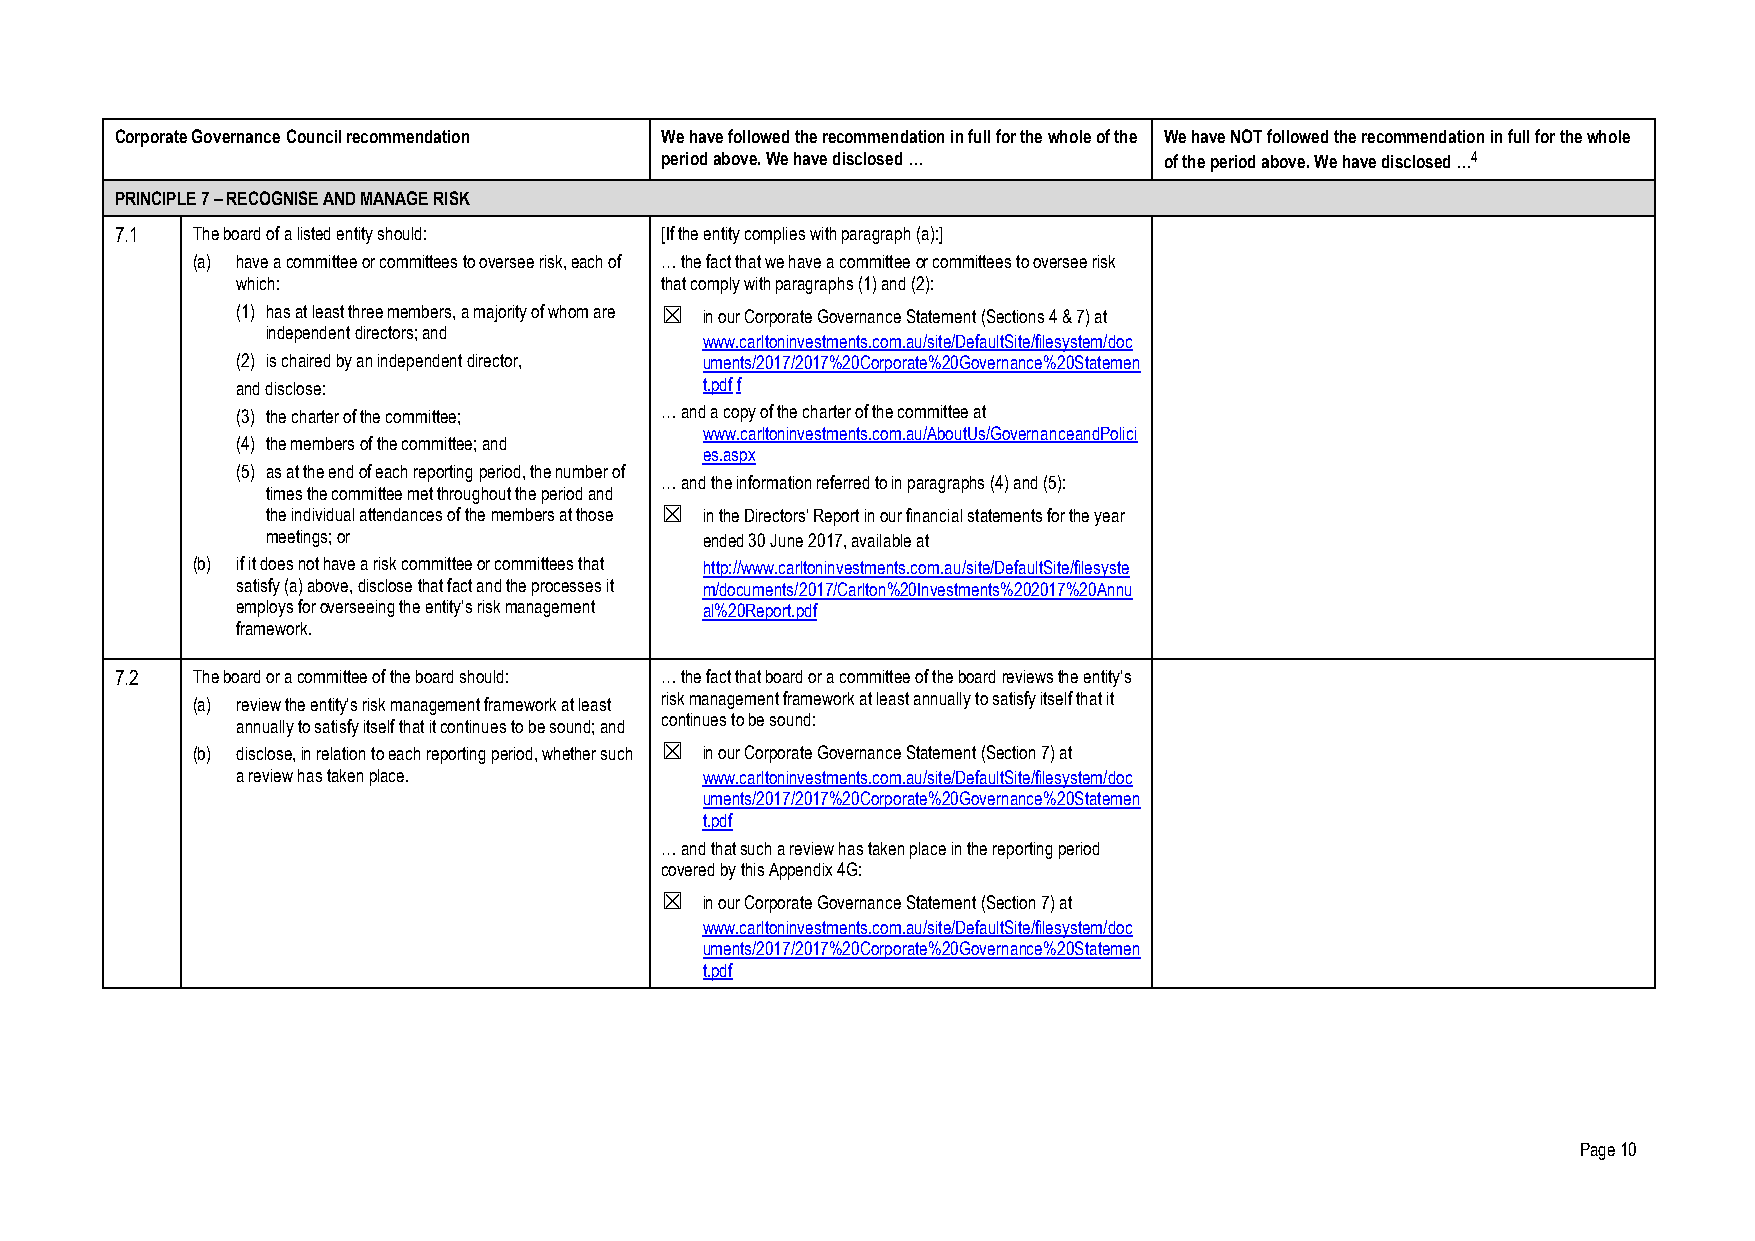
Corporate Governance Council recommendation We have followed the recommendation in full for the whole of the We have NOT followed the recommendation in full for the whole
 period above. We have disclosed … of the period above. We have disclosed …4
 PRINCIPLE 7 – RECOGNISE AND MANAGE RISK
 7.1  The board of a listed entity should: [If the entity complies with paragraph (a):]
 (a) have a committee or committees to oversee risk, each of … the fact that we have a committee or committees to oversee risk
 which:                      that comply with paragraphs (1) and (2):
 (1) has at least three members, a majority of whom are ☒ in our Corporate Governance Statement (Sections 4 & 7) at
 independent directors; and
 www.carltoninvestments.com.au/site/DefaultSite/filesystem/doc
 (2) is chaired by an independent director, uments/2017/2017%20Corporate%20Governance%20Statemen
 and disclose:                  t.pdf f
 (3) the charter of the committee; … and a copy of the charter of the committee at
 www.carltoninvestments.com.au/AboutUs/GovernanceandPolici
 (4) the members of the committee; and
 es.aspx
 (5) as at the end of each reporting period, the number of
 … and the information referred to in paragraphs (4) and (5):
 times the committee met throughout the period and
 the individual attendances of the members at those ☒ in the Directors’ Report in our financial statements for the year
 meetings; or                 ended 30 June 2017, available at
 (b) if it does not have a risk committee or committees that http://www.carltoninvestments.com.au/site/DefaultSite/filesyste
 satisfy (a) above, disclose that fact and the processes it m/documents/2017/Carlton%20Investments%202017%20Annu
 employs for overseeing the entity’s risk management al%20Report.pdf
 framework.
 7.2  The board or a committee of the board should: … the fact that board or a committee of the board reviews the entity’s
 (a) review the entity’s risk management framework at least risk management framework at least annually to satisfy itself that it
 annually to satisfy itself that it continues to be sound; and continues to be sound:
 (b) disclose, in relation to each reporting period, whether such ☒ in our Corporate Governance Statement (Section 7) at
 a review has taken place.      www.carltoninvestments.com.au/site/DefaultSite/filesystem/doc
 uments/2017/2017%20Corporate%20Governance%20Statemen
 t.pdf
 … and that such a review has taken place in the reporting period
 covered by this Appendix 4G:
 ☒  in our Corporate Governance Statement (Section 7) at
 www.carltoninvestments.com.au/site/DefaultSite/filesystem/doc
 uments/2017/2017%20Corporate%20Governance%20Statemen
 t.pdf
 Page 10